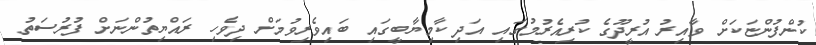
ކުންފުންޏަކަށް ވާއިރު އުރީދޫގެ ކުރިއެރުމުގައި އަދި ކާމިޔާބީގައި ބައިވެރިވުމަށް ދިވެހި ރައްޔިތުންނަށް ފުރުސަތު